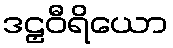
ဒဠှဝီရိယော